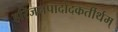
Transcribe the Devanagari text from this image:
हरिजनपादोदकर्तीर्थम्‌